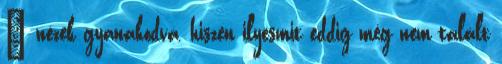
– nézek gyanakodva, hiszen ilyesmit eddig még nem talált